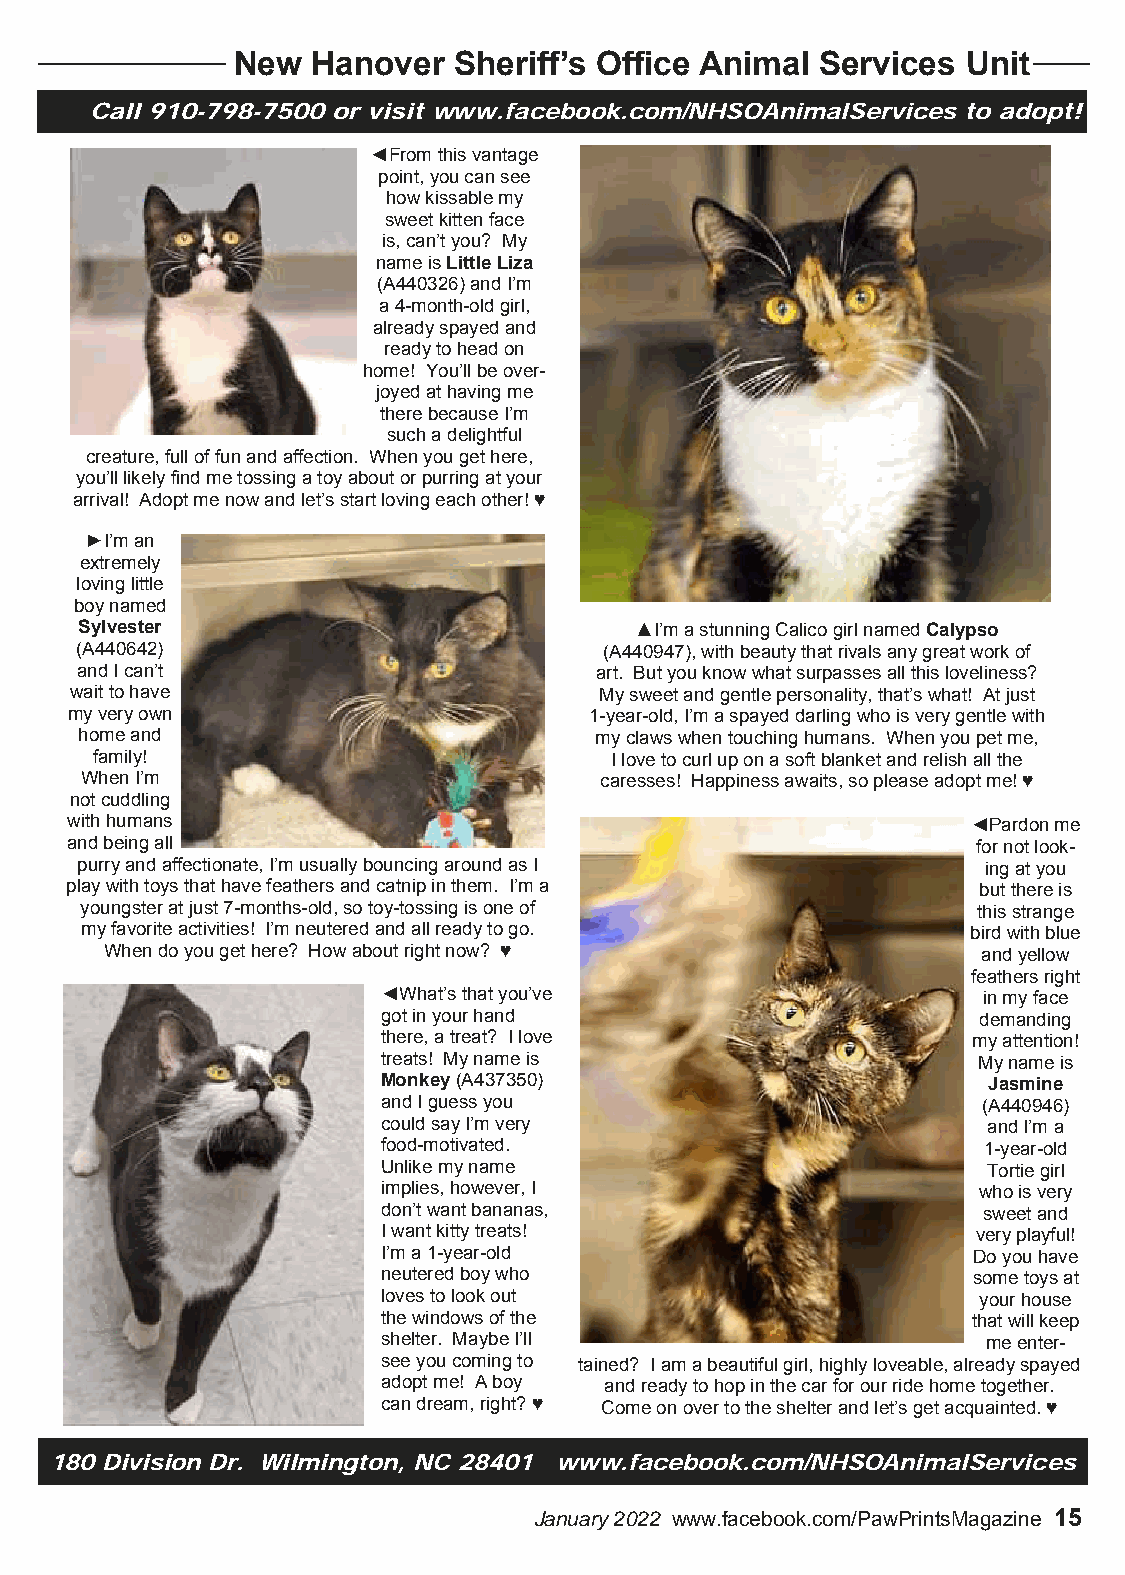
New  Hanover  Sheriff’s Office Animal Services  Unit
 Call 910-798-7500 or visit www.facebook.com/NHSOAnimalServices to adopt!
 ◄From this vantage
 point, you can see
 how kissable my
 sweet kitten face
 is, can’t you? My
 name is Little Liza
 (A440326) and I’m
 a 4-month-old girl,
 already spayed and
 ready to head on
 home! You’ll be over-
 joyed at having me
 there because I’m
 such a delightful
 creature, full of fun and affection. When you get here,
 you’ll likely find me tossing a toy about or purring at your
 arrival! Adopt me now and let’s start loving each other! ♥
 ►I’m an
 extremely
 loving little
 boy named
 Sylvester                            ▲I’m a stunning Calico girl named Calypso
 (A440642)                          (A440947), with beauty that rivals any great work of
 and I can’t                       art. But you know what surpasses all this loveliness?
 wait to have                       My sweet and gentle personality, that’s what! At just
 my very own                        1-year-old, I’m a spayed darling who is very gentle with
 home and                          my claws when touching humans. When you pet me,
 family!                           I love to curl up on a soft blanket and relish all the
 When I’m                           caresses! Happiness awaits, so please adopt me! ♥
 not cuddling
 with humans                                                 ◄Pardon me
 and being all                                                for not look-
 purry and affectionate, I’m usually bouncing around as I    ing at you
 play with toys that have feathers and catnip in them. I’m a  but there is
 youngster at just 7-months-old, so toy-tossing is one of    this strange
 my favorite activities! I’m neutered and all ready to go.  bird with blue
 When do you get here? How about right now? ♥              and yellow
 feathers right
 ◄What’s that you’ve                     in my face
 got in your hand                        demanding
 there, a treat? I love                 my attention!
 treats! My name is                      My name is
 Monkey (A437350)                        Jasmine
 and I guess you                         (A440946)
 could say I’m very                      and I’m a
 food-motivated.                         1-year-old
 Unlike my name                          Tortie girl
 implies, however, I                     who is very
 don’t want bananas,                     sweet and
 I want kitty treats!                    very playful!
 I’m a 1-year-old                       Do you have
 neutered boy who                       some toys at
 loves to look out                       your house
 the windows of the                     that will keep
 shelter. Maybe I’ll                     me enter-
 see you coming to tained? I am a beautiful girl, highly loveable, already spayed
 adopt me! A boy and ready to hop in the car for our ride home together.
 can dream, right? ♥ Come on over to the shelter and let’s get acquainted. ♥
 180 Division Dr. Wilmington, NC 28401 www.facebook.com/NHSOAnimalServices
 January 2022 www.facebook.com/PawPrintsMagazine 15